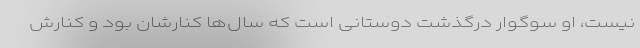
نیست، او سوگوار درگذشت دوستانی است که سال‌ها کنارشان بود و کنارش